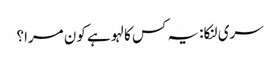
سری لنکا: یہ کس کا لہو ہے کون مرا؟